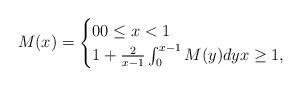
LaTeX: \begin{align*}M(x)=\begin{cases}0 0\le x<1 \\1+\frac{2}{x-1}\int_0^{x-1} M(y)dy x\ge 1,\end{cases}\end{align*}